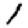
Digit: 1